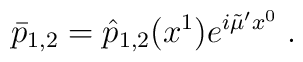
\bar{p}_{1,2}=\hat{p}_{1,2}(x^1)e^{i\tilde{\mu}'x^0} \; .